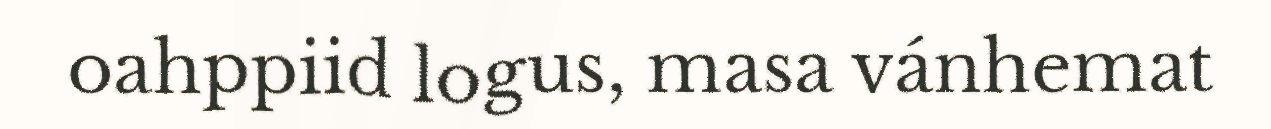
oahppiid logus, masa vánhemat